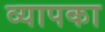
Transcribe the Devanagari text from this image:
व्यापका